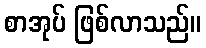
စာအုပ် ဖြစ်လာသည်။